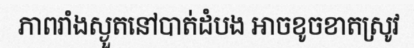
ភាពរាំងស្ងួតនៅបាត់ដំបង អាចខូចខាតស្រូវ